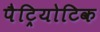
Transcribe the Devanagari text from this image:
पैट्रियोटिक